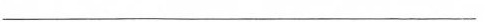
___